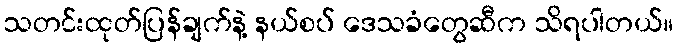
သတင်းထုတ်ပြန်ချက်နဲ့ နယ်စပ် ဒေသခံတွေဆီက သိရပါတယ်။